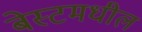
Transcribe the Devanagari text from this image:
बेस्टमधील